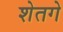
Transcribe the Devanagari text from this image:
शेतगे